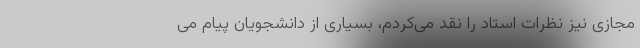
مجازی نیز نظرات استاد را نقد می‌کردم، بسیاری از دانشجویان پیام می